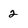
Character: 2